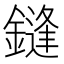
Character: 鏠